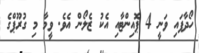
ހޯދާފައި ވަނީ 4 ޕޮއިންޓާއި އެކު ޒެލޯން އެވެ. ވީމާ މި ގުރޫޕްގެ